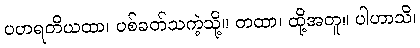
ပဟရတိယထာ၊ ပစ်ခတ်သကဲ့သို့။ တထာ၊ ထို့အတူ။ ပါဟာသိ၊